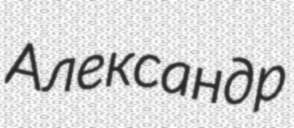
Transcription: Александр